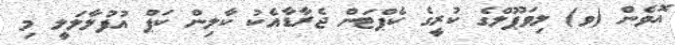
އޮވެން (ވ) ލިވަޕޫލްގެ ކުރީގެ ކެޕްޓަން ޖެރާޑާއެކު ކާލިން ކަޕް އުފުލާލަލީ މި